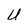
Character: U